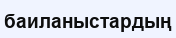
баиланыстардың